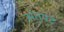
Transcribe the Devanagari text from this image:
संतपट